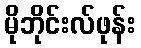
မိုဘိုင်းလ်ဖုန်း